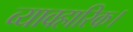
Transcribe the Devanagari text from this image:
व्यावहारिक।